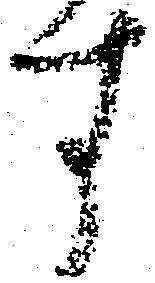
す